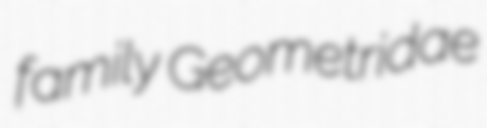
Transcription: family Geometridae